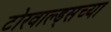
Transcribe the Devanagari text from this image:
टोरवाल्ड्सच्या